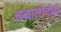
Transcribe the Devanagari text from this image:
अब्दालीचीही